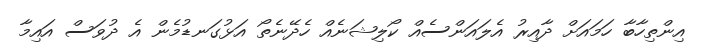
އިންތިހާބާ ހަމައަށް ދާއިރު އެލައަންސެއް ކޯލިޝަނެއް ހެދޭނެތޯ އަޅުގަނޑުމެން އެ ދުވަސް އައިމާ